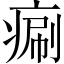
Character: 𤷯